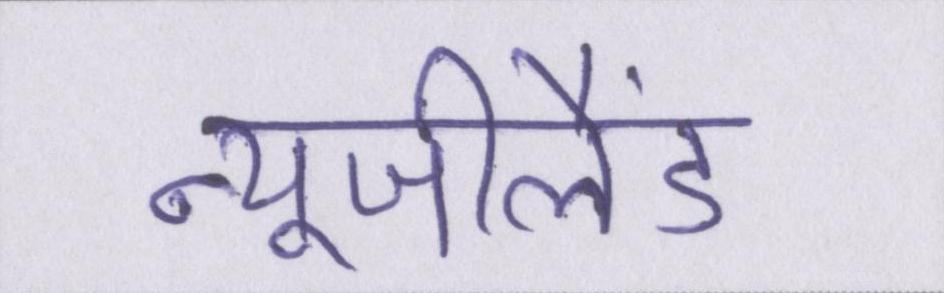
न्यूजीलैंड